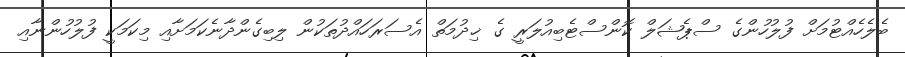
ބެލެހެއްޓުމަށް ފުލުހުންގެ ސްޕެޝަލް ކޮންސްޓެބިއުލަރީ ގެ ޚިދުމަތް އެސަރަހައްދުތަކުން ލިބިގެންދާނެކަމަށާއި މިކަމަކީ ފުލުހުންނާއި